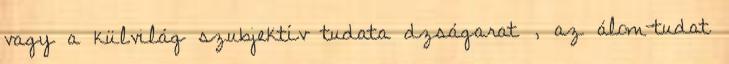
vagy a külvilág szubjektív tudata dzságarat , az álom-tudat